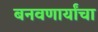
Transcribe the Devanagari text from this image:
बनवणार्यांचा